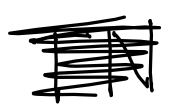
Text: TN
Cross-out: scratch
Writing tool: digital_black